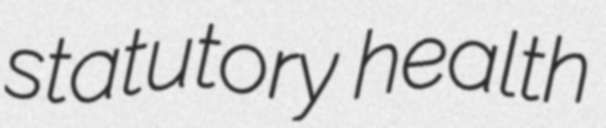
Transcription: statutory health